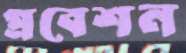
প্রবেশন